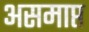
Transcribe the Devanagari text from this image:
असमाप्त